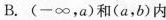
B.(-\infty，a)和(a，b)内